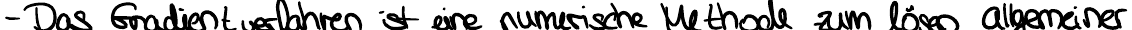
- Das Gradientverfahren ist eine numerische Methode zum lösen allgemeiner